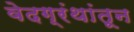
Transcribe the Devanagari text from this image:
वेदग्रंथांतून